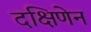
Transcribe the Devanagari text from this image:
दक्षिणेन